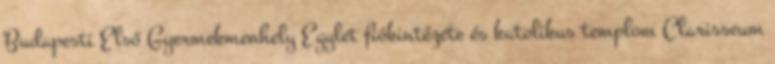
Budapesti Első Gyermekmenhely Egylet fiókintézete és katolikus templom Clarisseum